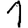
Digit: 1